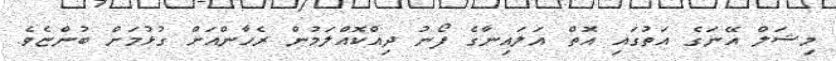
މިޝަލް އޭނަގެ އަތުގައި އޮތް އަލައިނާގެ ފޯނު ދިއްކޮއްލަމުން ރެހާންއަށް ގުޅުމަށް ބުންޏެވެ.